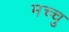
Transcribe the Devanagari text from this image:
मच्चु